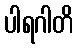
ပါရဂါတိ